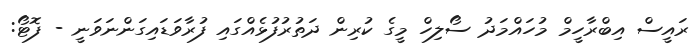
ރައީސް އިބްރާހީމް މުހައްމަދު ސޯލިހް މީގެ ކުރިން ދަތުރުފުޅެއްގައި ފުރާވަޑައިގަންނަވަނީ - ފޮޓޯ: